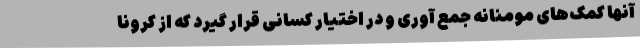
آنها کمک‌های مومنانه جمع آوری و در اختیار کسانی قرار گیرد که از کرونا